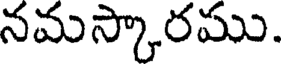
నమస్కారము.